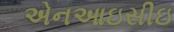
એનઆઇસીઇ